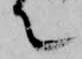
て